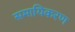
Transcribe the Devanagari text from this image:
समायिकरण